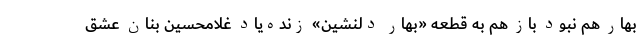
بهار هم نبود باز هم به قطعه «بهار دلنشین» زنده‌یاد غلامحسین بنان عشق